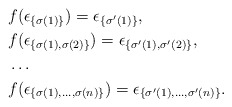
\begin{align*}& f(\epsilon_{\{\sigma(1)\}}) = \epsilon_{\{\sigma'(1)\}},\\& f(\epsilon_{\{\sigma(1),\sigma(2)\}}) = \epsilon_{\{\sigma'(1),\sigma'(2)\}},\\&\dots \\& f(\epsilon_{\{\sigma(1),\dots,\sigma(n)\}}) = \epsilon_{\{\sigma'(1),\dots,\sigma'(n)\}}.\end{align*}